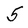
Character: 5